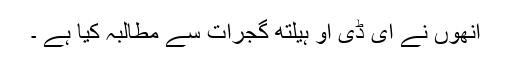
انھوں نے ای ڈی او ہیلتھ گجرات سے مطالبہ کیا ہے ۔